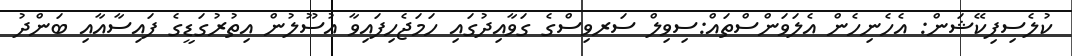
ކުލެސިފިކޭޝަން: އެހެނިހެން އެލަވަންސްތައް:ސިވިލް ސަރވިސްގެ ގަވާއިދުގައި ހަމަޖެހިފައިވާ އުސޫލުން އިތުރުގަޑީގެ ފައިސާއާއި ބަންދު